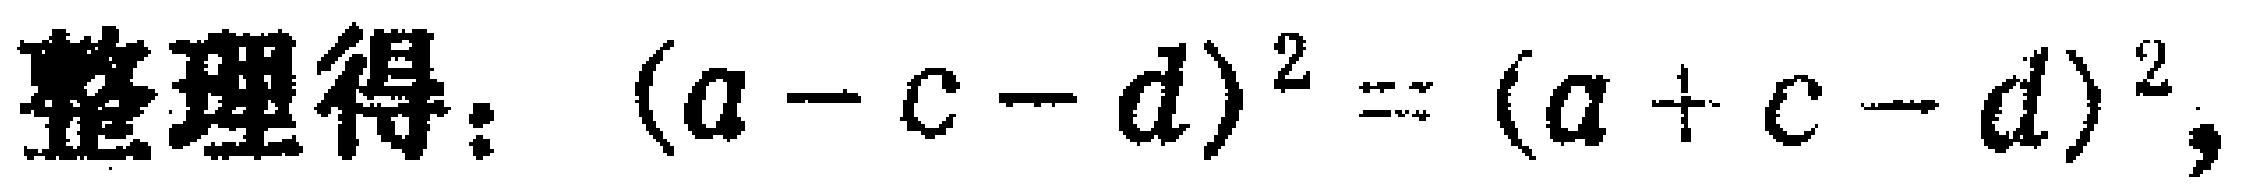
整理得：\((a - c - d)^2 = (a + c - d)^2\)，